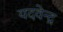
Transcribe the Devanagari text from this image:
यदवेन्द्र